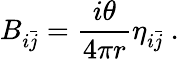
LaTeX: B_{i\bar{j}}=\frac{i\theta}{4\pi r}\eta_{i\bar{j}}\ .